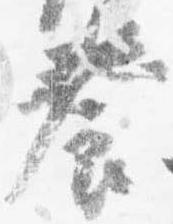
養